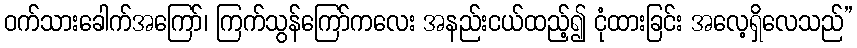
ဝက်သားခေါက်အကြော်၊ ကြက်သွန်ကြော်ကလေး အနည်းငယ်ထည့်၍ ငုံထားခြင်း အလေ့ရှိလေသည်”